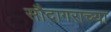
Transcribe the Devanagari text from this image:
सौदागराच्या